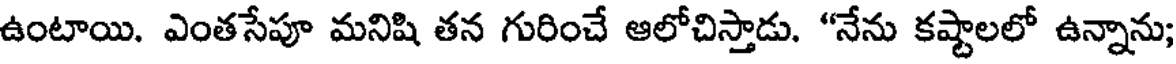
ఉంటాయి. ఎంతసేపూ మనిషి తన గురించే ఆలోచిస్తాడు. "నేను కష్టాలలో ఉన్నాను;